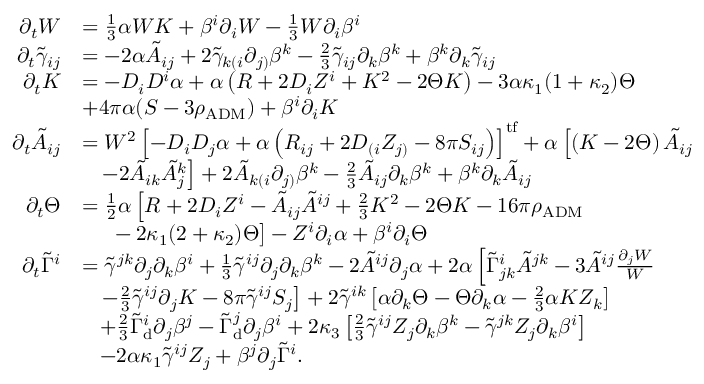
\begin{array} { r l } { \partial _ { t } W } & { = \frac { 1 } { 3 } \alpha W K + \beta ^ { i } \partial _ { i } W - \frac { 1 } { 3 } W \partial _ { i } \beta ^ { i } } \\ { \partial _ { t } \tilde { \gamma } _ { i j } } & { = - 2 \alpha \tilde { A } _ { i j } + 2 \tilde { \gamma } _ { k ( i } \partial _ { j ) } \beta ^ { k } - \frac { 2 } { 3 } \tilde { \gamma } _ { i j } \partial _ { k } \beta ^ { k } + \beta ^ { k } \partial _ { k } \tilde { \gamma } _ { i j } } \\ { \partial _ { t } K } & { = - D _ { i } D ^ { i } \alpha + \alpha \left( R + 2 D _ { i } Z ^ { i } + K ^ { 2 } - 2 \Theta K \right) - 3 \alpha \kappa _ { 1 } ( 1 + \kappa _ { 2 } ) \Theta } \\ & { + 4 \pi \alpha ( S - 3 \rho _ { \mathrm { A D M } } ) + \beta ^ { i } \partial _ { i } K } \\ { \partial _ { t } \tilde { A } _ { i j } } & { = W ^ { 2 } \left[ - D _ { i } D _ { j } \alpha + \alpha \left( R _ { i j } + 2 D _ { ( i } Z _ { j ) } - 8 \pi S _ { i j } \right) \right] ^ { \mathrm { t f } } + \alpha \left[ \left( K - 2 \Theta \right) \tilde { A } _ { i j } \right. } \\ & { \left. \; \; \; - 2 \tilde { A } _ { i k } \tilde { A } _ { j } ^ { k } \right] + 2 \tilde { A } _ { k ( i } \partial _ { j ) } \beta ^ { k } - \frac { 2 } { 3 } \tilde { A } _ { i j } \partial _ { k } \beta ^ { k } + \beta ^ { k } \partial _ { k } \tilde { A } _ { i j } } \\ { \partial _ { t } \Theta } & { = \frac { 1 } { 2 } \alpha \left[ R + 2 D _ { i } Z ^ { i } - \tilde { A } _ { i j } \tilde { A } ^ { i j } + \frac { 2 } { 3 } K ^ { 2 } - 2 \Theta K - 1 6 \pi \rho _ { \mathrm { A D M } } \right. } \\ & { \left. \phantom { \frac { 0 } { 0 } } \; \; - 2 \kappa _ { 1 } ( 2 + \kappa _ { 2 } ) \Theta \right] - Z ^ { i } \partial _ { i } \alpha + \beta ^ { i } \partial _ { i } \Theta } \\ { \partial _ { t } \tilde { \Gamma } ^ { i } } & { = \tilde { \gamma } ^ { j k } \partial _ { j } \partial _ { k } \beta ^ { i } + \frac { 1 } { 3 } \tilde { \gamma } ^ { i j } \partial _ { j } \partial _ { k } \beta ^ { k } - 2 \tilde { A } ^ { i j } \partial _ { j } \alpha + 2 \alpha \left[ \tilde { \Gamma } _ { j k } ^ { i } \tilde { A } ^ { j k } - 3 \tilde { A } ^ { i j } \frac { \partial _ { j } W } { W } \right. } \\ & { \left. \; \; \; - \frac { 2 } { 3 } \tilde { \gamma } ^ { i j } \partial _ { j } K - 8 \pi \tilde { \gamma } ^ { i j } S _ { j } \right] + 2 \tilde { \gamma } ^ { i k } \left[ \alpha \partial _ { k } \Theta - \Theta \partial _ { k } \alpha - \frac { 2 } { 3 } \alpha K Z _ { k } \right] } \\ & { \; \; \; + \frac { 2 } { 3 } \tilde { \Gamma } _ { \mathrm { d } } ^ { i } \partial _ { j } \beta ^ { j } - \tilde { \Gamma } _ { \mathrm { d } } ^ { j } \partial _ { j } \beta ^ { i } + 2 \kappa _ { 3 } \left[ \frac { 2 } { 3 } \tilde { \gamma } ^ { i j } Z _ { j } \partial _ { k } \beta ^ { k } - \tilde { \gamma } ^ { j k } Z _ { j } \partial _ { k } \beta ^ { i } \right] } \\ & { \; \; \; - 2 \alpha \kappa _ { 1 } \tilde { \gamma } ^ { i j } Z _ { j } + \beta ^ { j } \partial _ { j } \tilde { \Gamma } ^ { i } . } \end{array}